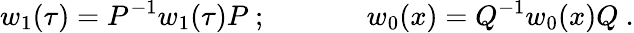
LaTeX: w_{1}(\tau)=P^{-1}w_{1}(\tau)P~;~~~~~~~~~~~~~~w_{0}(x)=Q^{-1}w_{0}(x)Q~.